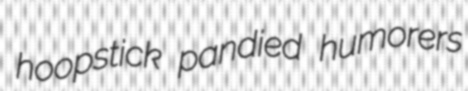
hoopstick pandied humorers